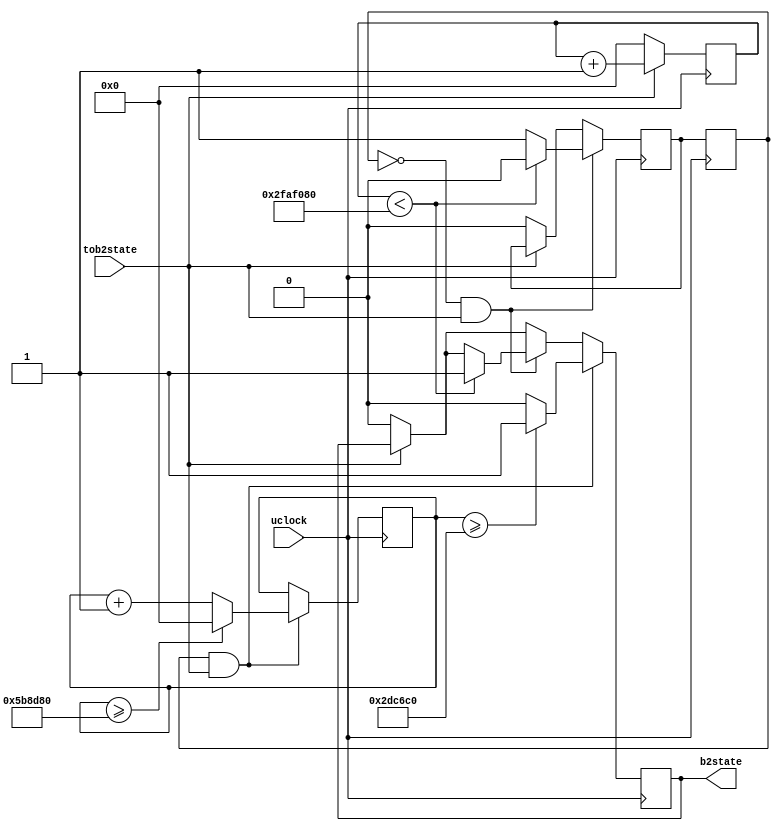
`timescale 1ns / 1ps
//////////////////////////////////////////////////////////////////////////////////
// Company: 
// Engineer: 
// 
// Design Name: 
// Module Name:    rebouncer 
// Project Name: 
// Target Devices: 
// Tool versions: 
// Description: 
//
// Dependencies: 
//
// Revision: 
// Revision 0.01 - File Created
// Additional Comments: 
//
//////////////////////////////////////////////////////////////////////////////////
module rebouncer(uclock,tob2state,b2state
    );
input uclock;
input tob2state;
output reg b2state;

reg [25:0] waitTime;
reg [25:0] pulseTime;
reg state;
reg nextState;

initial begin
waitTime = 0;
state = 0;
nextState =0;
pulseTime =0;
end

always @(posedge uclock) begin state<= nextState; end

always @(posedge uclock) begin if(!tob2state) waitTime<=0; else waitTime<=waitTime+1; end 

always @(posedge uclock)
begin
	if (!tob2state) begin nextState<=0; b2state <= 0; end

	if (state ==0 && tob2state) if (waitTime < 50_000_000 ) begin nextState<=0; b2state<=1; end else nextState <=1; 

	if (state ==1 && tob2state)  // REBOUNCE STATE
		begin
				if (pulseTime >= 6_000_000)
				pulseTime <= 0;
				else
				pulseTime <= pulseTime + 1;

				b2state <= pulseTime >= (3_000_000) ? 1 : 0; // PULSE
		end		
		
end
endmodule